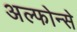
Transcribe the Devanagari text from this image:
अल्फोन्से